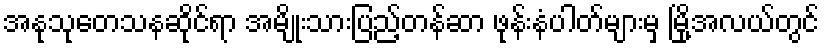
အနုသုတေသနဆိုင်ရာ အမျိုးသားပြည့်တန်ဆာ ဖုန်းနံပါတ်များမှ မြို့အလယ်တွင်